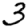
Digit: 3